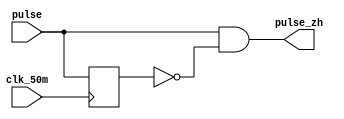
module pulse_zhuanghuan(

     //input

     clk_50m,

     pulse,

     //output

     pulse_zh

);

//
input clk_50m;

input pulse;

//

output pulse_zh;

//

reg pulse_reg;

always @ (posedge clk_50m )begin

pulse_reg <= pulse;

end

assign pulse_zh = pulse & (!pulse_reg);

endmodule